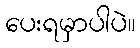
ပေးရမှာပါပဲ။